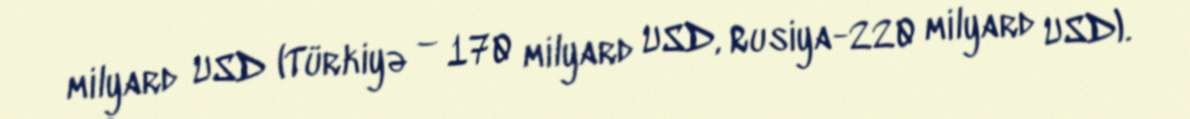
milyard USD (Türkiyə – 170 milyard USD, Rusiya-220 milyard USD).